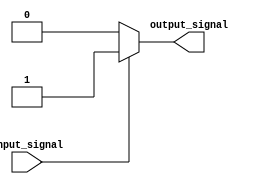
module open_drain_inverter (
    input wire input_signal,
    output reg output_signal
);

reg nmos_transistor;

assign nmos_transistor = ~input_signal;

always @(nmos_transistor) begin
    if (nmos_transistor) begin
        output_signal <= 0;
    end else begin
        output_signal <= 1;
    end
end

endmodule